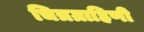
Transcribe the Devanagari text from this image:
चित्रग्राहिणी